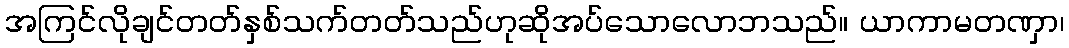
အကြင်လိုချင်တတ်နှစ်သက်တတ်သည်ဟုဆိုအပ်သောလောဘသည်။ ယာကာမတဏှာ၊